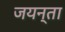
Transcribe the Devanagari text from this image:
जयन्ता